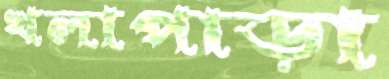
খলাপাড়া